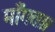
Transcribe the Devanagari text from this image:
माँगता।